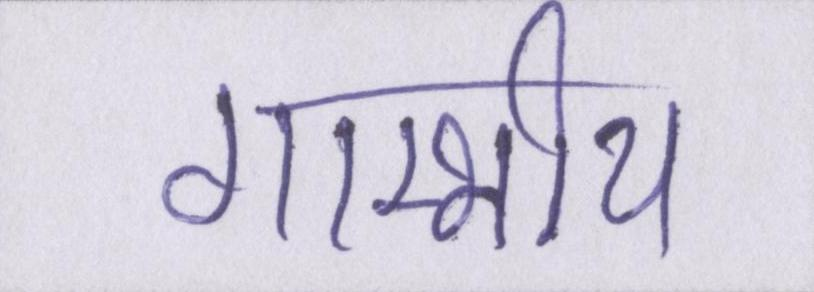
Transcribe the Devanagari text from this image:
गाम्भीर्य